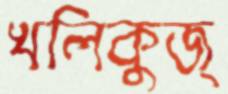
খলিকুজ্